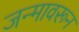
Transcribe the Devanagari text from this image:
जन्मावरून